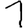
Digit: 1